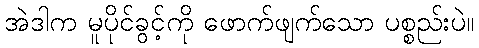
အဲဒါက မူပိုင်ခွင့်ကို ဖောက်ဖျက်သော ပစ္စည်းပဲ။